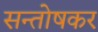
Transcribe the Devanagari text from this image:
सन्तोषकर